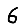
Digit: 6